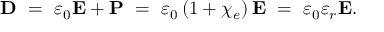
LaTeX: \mathbf { D } \ = \ \varepsilon _ { 0 } \mathbf { E } + \mathbf { P } \ = \ \varepsilon _ { 0 } \left( 1 + \chi _ { e } \right) \mathbf { E } \ = \ \varepsilon _ { 0 } \varepsilon _ { r } \mathbf { E } .